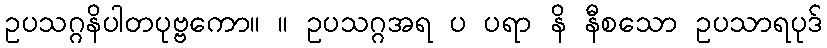
ဥပသဂ္ဂနိပါတပုဗ္ဗကော။ ။ ဥပသဂ္ဂအရ ပ ပရာ နိ နီစသော ဥပသာရပုဒ်